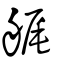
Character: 艉